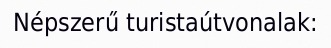
Népszerű turistaútvonalak: